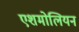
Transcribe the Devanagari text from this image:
एशमोलियन